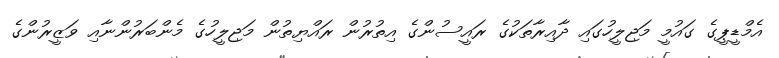
އެމްޑީޕީގެ ގައުމީ މަޖިލީހުގައި ދާއިރާތަކުގެ ރައީސުންގެ އިތުުރުން ރައްޔިތުން މަޖިލީހުގެ މެންބަރުންނާއި ވަޒީރުންގެ